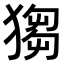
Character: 𤠮